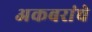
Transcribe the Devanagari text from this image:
अकबरांचे